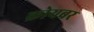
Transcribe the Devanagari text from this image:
क्रोयबर